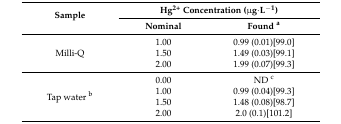
<table><thead><tr><td rowspan="2"><b>Sample</b></td><td colspan="2"><b>Hg<sup>2+</sup> Concentration (μg·L<sup>−1</sup>)</b></td></tr><tr><td><b>Nominal</b></td><td><b>Found <sup>a</sup></b></td></tr></thead><tbody><tr><td rowspan="3">Milli-Q</td><td>1.00</td><td>0.99 (0.01)[99.0]</td></tr><tr><td>1.50</td><td>1.49 (0.03)[99.1]</td></tr><tr><td>2.00</td><td>1.99 (0.07)[99.3]</td></tr><tr><td rowspan="4">Tap water <sup>b</sup></td><td>0.00</td><td>ND <sup>c</sup></td></tr><tr><td>1.00</td><td>0.99 (0.04)[99.3]</td></tr><tr><td>1.50</td><td>1.48 (0.08)[98.7]</td></tr><tr><td>2.00</td><td>2.0 (0.1)[101.2]</td></tr></tbody></table>